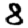
Digit: 8